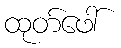
ထုတ်ဖေါ်